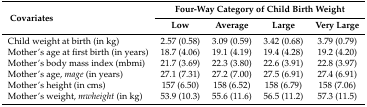
<table><thead><tr><td rowspan="2"><b>Covariates </b></td><td colspan="4"><b>Four-Way Category of Child Birth Weight</b></td></tr><tr><td><b>Low</b></td><td><b>Average</b></td><td><b>Large</b></td><td><b>Very Large</b></td></tr></thead><tbody><tr><td>Child weight at birth (in kg)</td><td>2.57 (0.58)</td><td>3.09 (0.59)</td><td>3.42 (0.68)</td><td>3.79 (0.79)</td></tr><tr><td>Mother’s age at first birth (in years)</td><td>18.7 (4.06)</td><td>19.1 (4.19)</td><td>19.4 (4.28)</td><td>19.2 (4.20)</td></tr><tr><td>Mother’s body mass index (mbmi)</td><td>21.7 (3.69)</td><td>22.3 (3.80)</td><td>22.6 (3.91)</td><td>22.8 (3.97)</td></tr><tr><td>Mother’s age, <i>mage</i> (in years)</td><td>27.1 (7.31)</td><td>27.2 (7.00)</td><td>27.5 (6.91)</td><td>27.4 (6.91)</td></tr><tr><td>Mother’s height (in cms)</td><td>157 (6.50)</td><td>158 (6.52)</td><td>158 (6.79)</td><td>158 (7.06)</td></tr><tr><td>Mother’s weight, <i>mwheight</i> (in kg)</td><td>53.9 (10.3)</td><td>55.6 (11.6)</td><td>56.5 (11.2)</td><td>57.3 (11.5)</td></tr></tbody></table>